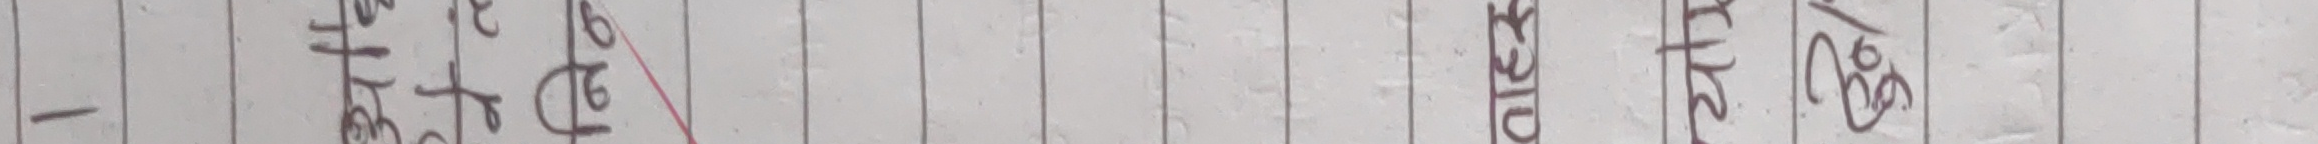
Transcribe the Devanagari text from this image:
- अथवा घ२४